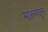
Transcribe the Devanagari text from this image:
मारुमधून